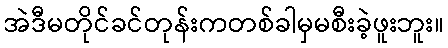
အဲဒီမတိုင်ခင်တုန်းကတစ်ခါမှမစီးခဲ့ဖူးဘူး။